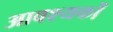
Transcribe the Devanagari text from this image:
आवश्यकों